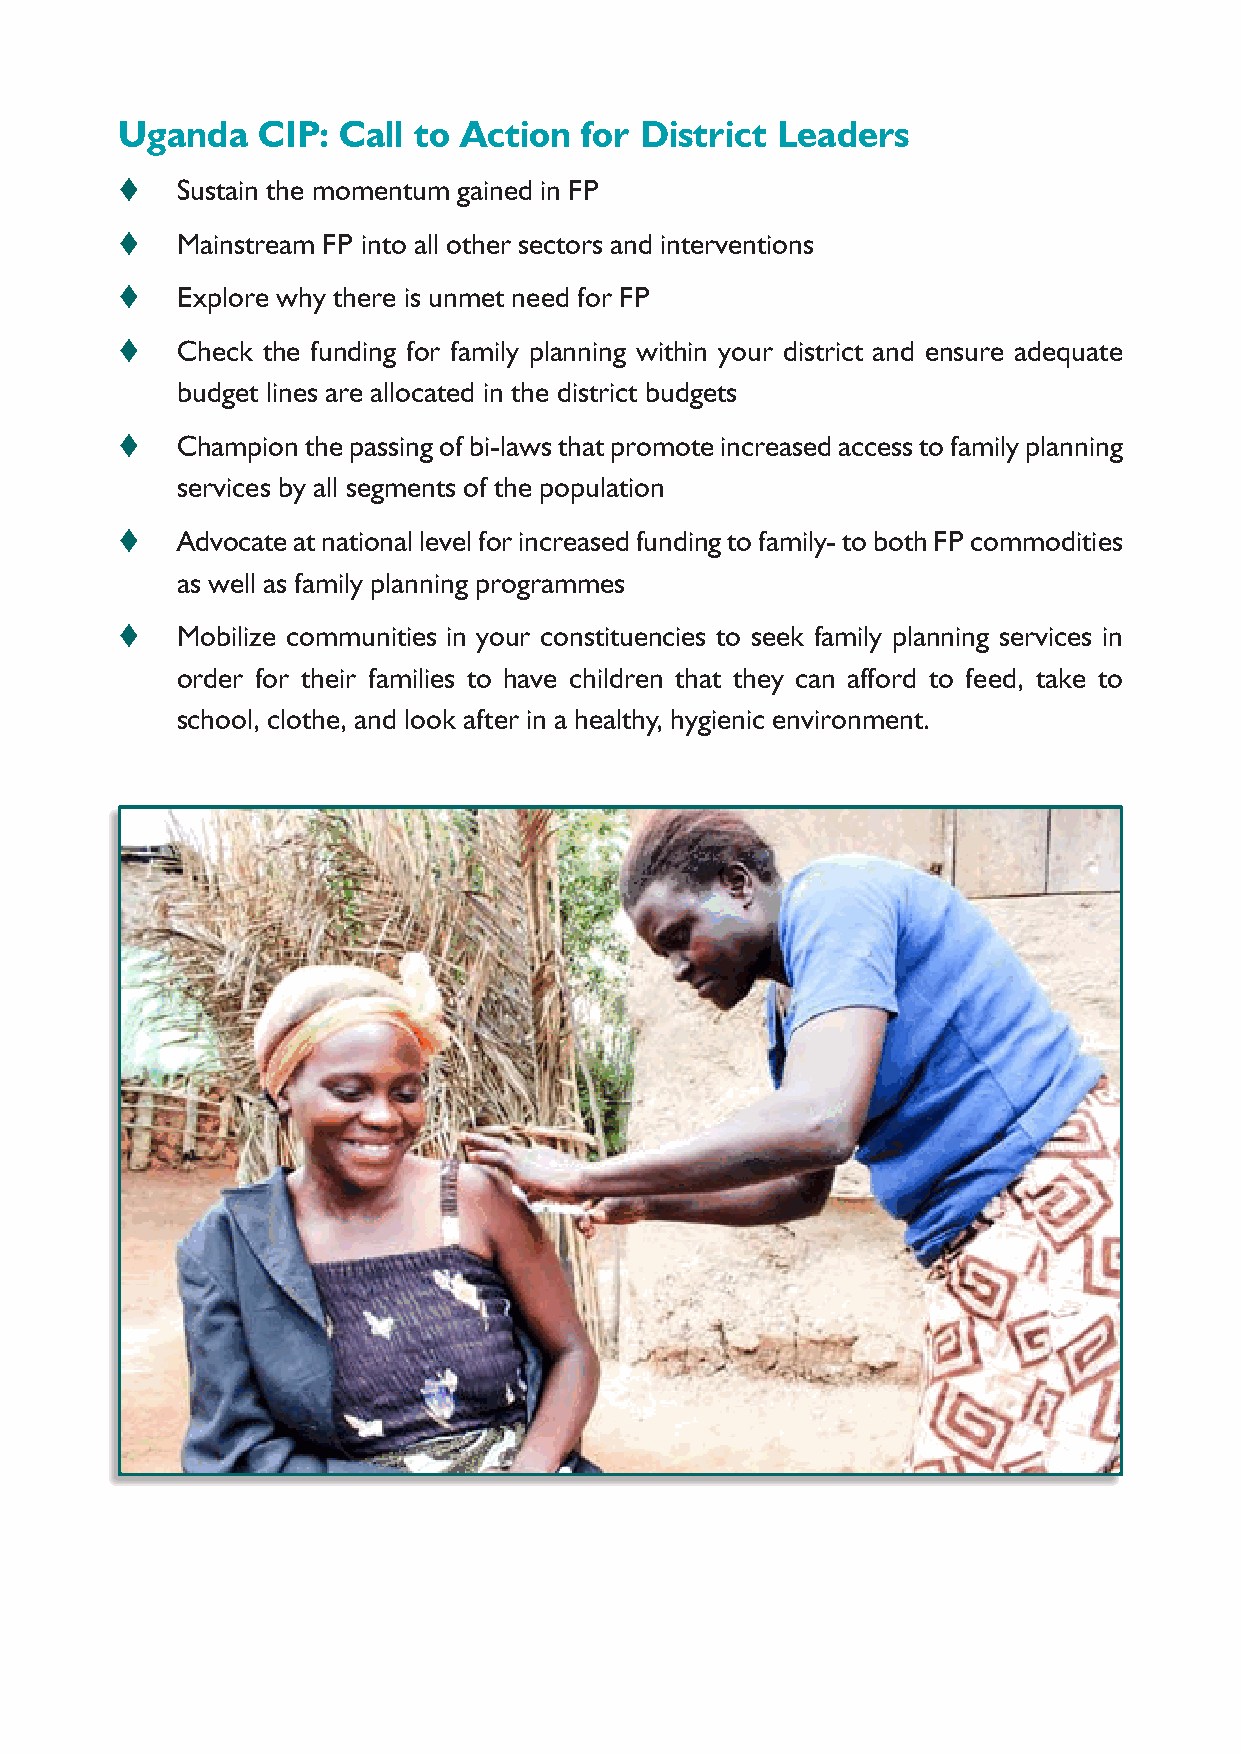
Uganda   CIP: Call to Action  for District Leaders
 t   Sustain the momentum gained in FP
 t   Mainstream FP into all other sectors and interventions
 t   Explore why there is unmet need for FP
 t   Check the funding for family planning within your district and ensure adequate
 budget lines are allocated in the district budgets
 t   Champion the passing of bi-laws that promote increased access to family planning
 services by all segments of the population
 t   Advocate at national level for increased funding to family- to both FP commodities
 as well as family planning programmes
 t   Mobilize communities in your constituencies to seek family planning services in
 order for their families to have children that they can afford to feed, take to
 school, clothe, and look after in a healthy, hygienic environment.